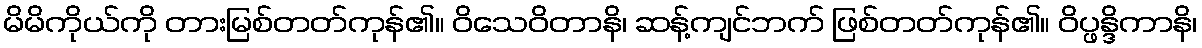
မိမိကိုယ်ကို တားမြစ်တတ်ကုန်၏။ ဝိသေဝိတာနိ၊ ဆန့်ကျင်ဘက် ဖြစ်တတ်ကုန်၏။ ဝိပ္ဖန္ဒိကာနိ၊